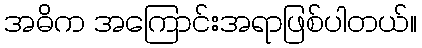
အဓိက အကြောင်းအရာဖြစ်ပါတယ်။